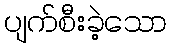
ပျက်စီးခဲ့သော